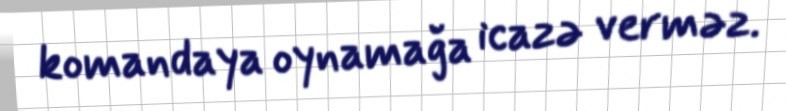
komandaya oynamağa icazə verməz.